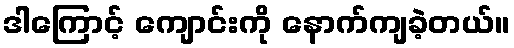
ဒါကြောင့် ကျောင်းကို နောက်ကျခဲ့တယ်။